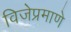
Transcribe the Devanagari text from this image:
विजेप्रमाणे